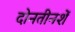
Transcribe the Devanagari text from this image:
दोनतीनशें